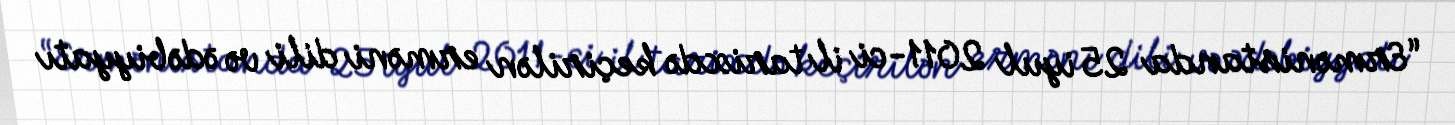
“Ermənistanda 25 iyul 2011-ci il tarixdə keçirilən erməni dili və ədəbiyyatı